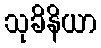
သုခိနိယာ